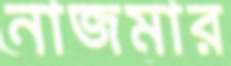
নাজমার